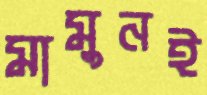
মামুনই